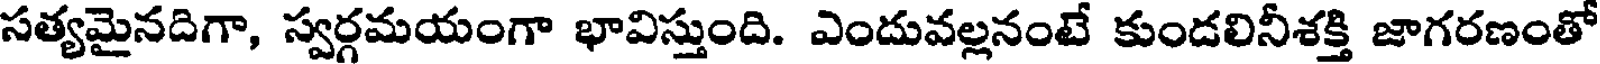
సత్యమైనదిగా, స్వర్గమయంగా భావిస్తుంది. ఎందువల్లనంటే కుండలినీశక్తి జాగరణంతో